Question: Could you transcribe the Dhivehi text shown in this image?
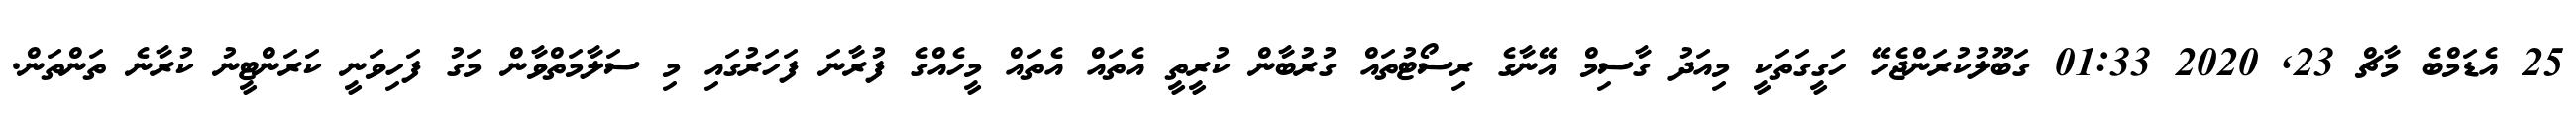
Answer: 25 އެޑަމްބެ މާޗް 23, 2020 01:33 ގަބޫލުކުރަންޖެހޭ ހަގީގަތަކީ މިއަދު ގާސިމް އޭނާގެ ރިސޯޓުތައް ގުރުބާން ކުރީތީ އެތައް އެތައް މީހެއްގެ ފުރާނަ ފަހަރުގައި މި ސަލާމަތްވާން މަގު ފަހިވަނީ ކަރަންޓީނު ކުރާނެ ތަންތަން.